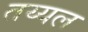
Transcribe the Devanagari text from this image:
तय्यल